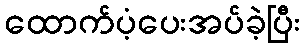
ထောက်ပံ့ပေးအပ်ခဲ့ပြီး